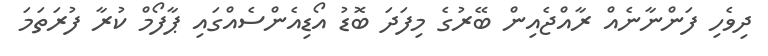
ދިވެހި ފަންނާނެއް ރާއްޖެއިން ބޭރުގެ މިފަދަ ބޮޑު އޯޑިއެންސެއްގައި ޕާފޯމް ކުރާ ފުރަތަމަ